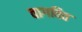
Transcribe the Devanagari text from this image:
वागवित